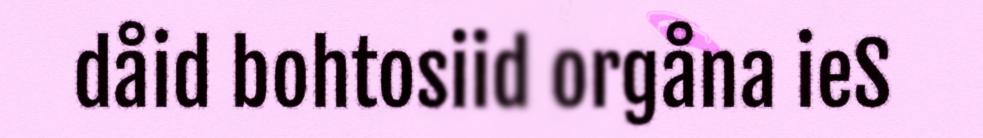
dåid bohtosiid orgåna ieS